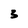
Character: 3